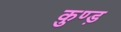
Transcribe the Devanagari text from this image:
कुण्ड़